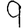
Digit: 9